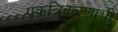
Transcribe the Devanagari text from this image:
एकत्रिकरणाची